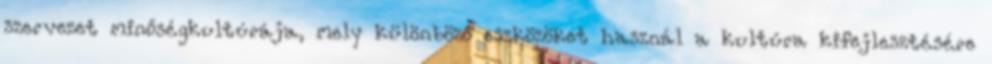
szervezet minőségkultúrája, mely különböző eszközöket használ a kultúra kifejlesztésére